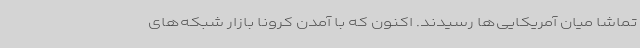
تماشا میان آمریکایی‌ها رسیدند. اکنون که با آمدن کرونا بازار شبکه‌های